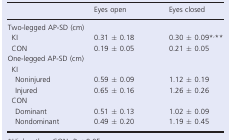
<table><thead><tr><td></td><td><b>Eyes open</b></td><td><b>Eyes closed</b></td></tr></thead><tbody><tr><td colspan="3">Two-legged AP-SD (cm)</td></tr><tr><td> KI</td><td>0.31 ± 0.18</td><td>0.30 ± 0.09*,**</td></tr><tr><td> CON</td><td>0.19 ± 0.05</td><td>0.21 ± 0.05</td></tr><tr><td colspan="3">One-legged AP-SD (cm)</td></tr><tr><td colspan="3"> KI</td></tr><tr><td>Noninjured</td><td>0.59 ± 0.09</td><td>1.12 ± 0.19</td></tr><tr><td>Injured</td><td>0.65 ± 0.16</td><td>1.26 ± 0.26</td></tr><tr><td colspan="3"> CON</td></tr><tr><td>Dominant</td><td>0.51 ± 0.13</td><td>1.02 ± 0.09</td></tr><tr><td>Nondominant</td><td>0.49 ± 0.20</td><td>1.19 ± 0.45</td></tr></tbody></table>